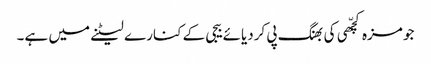
جو مزہ کچّھی کی بھنگ پی کردیائے بیجی کے کنارے لیٹنے میں ہے۔